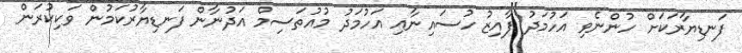
ފަނޑިޔާރަކަށް ހުންނެވި އަހުމަދު ފާއިޒު ހުސައިނާއި އަހުމަދު މުއުތަސިމް އަދުނާން ފަނޑިޔާރުކަމުން ވަކިކުރަން